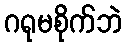
ဂရုမစိုက်ဘဲ